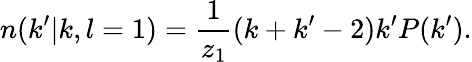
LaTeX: n(k^{\prime}|k,l=1)=\frac{1}{z_{1}}(k+k^{\prime}-2)k^{\prime}P(k^{\prime}).